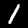
Digit: 1